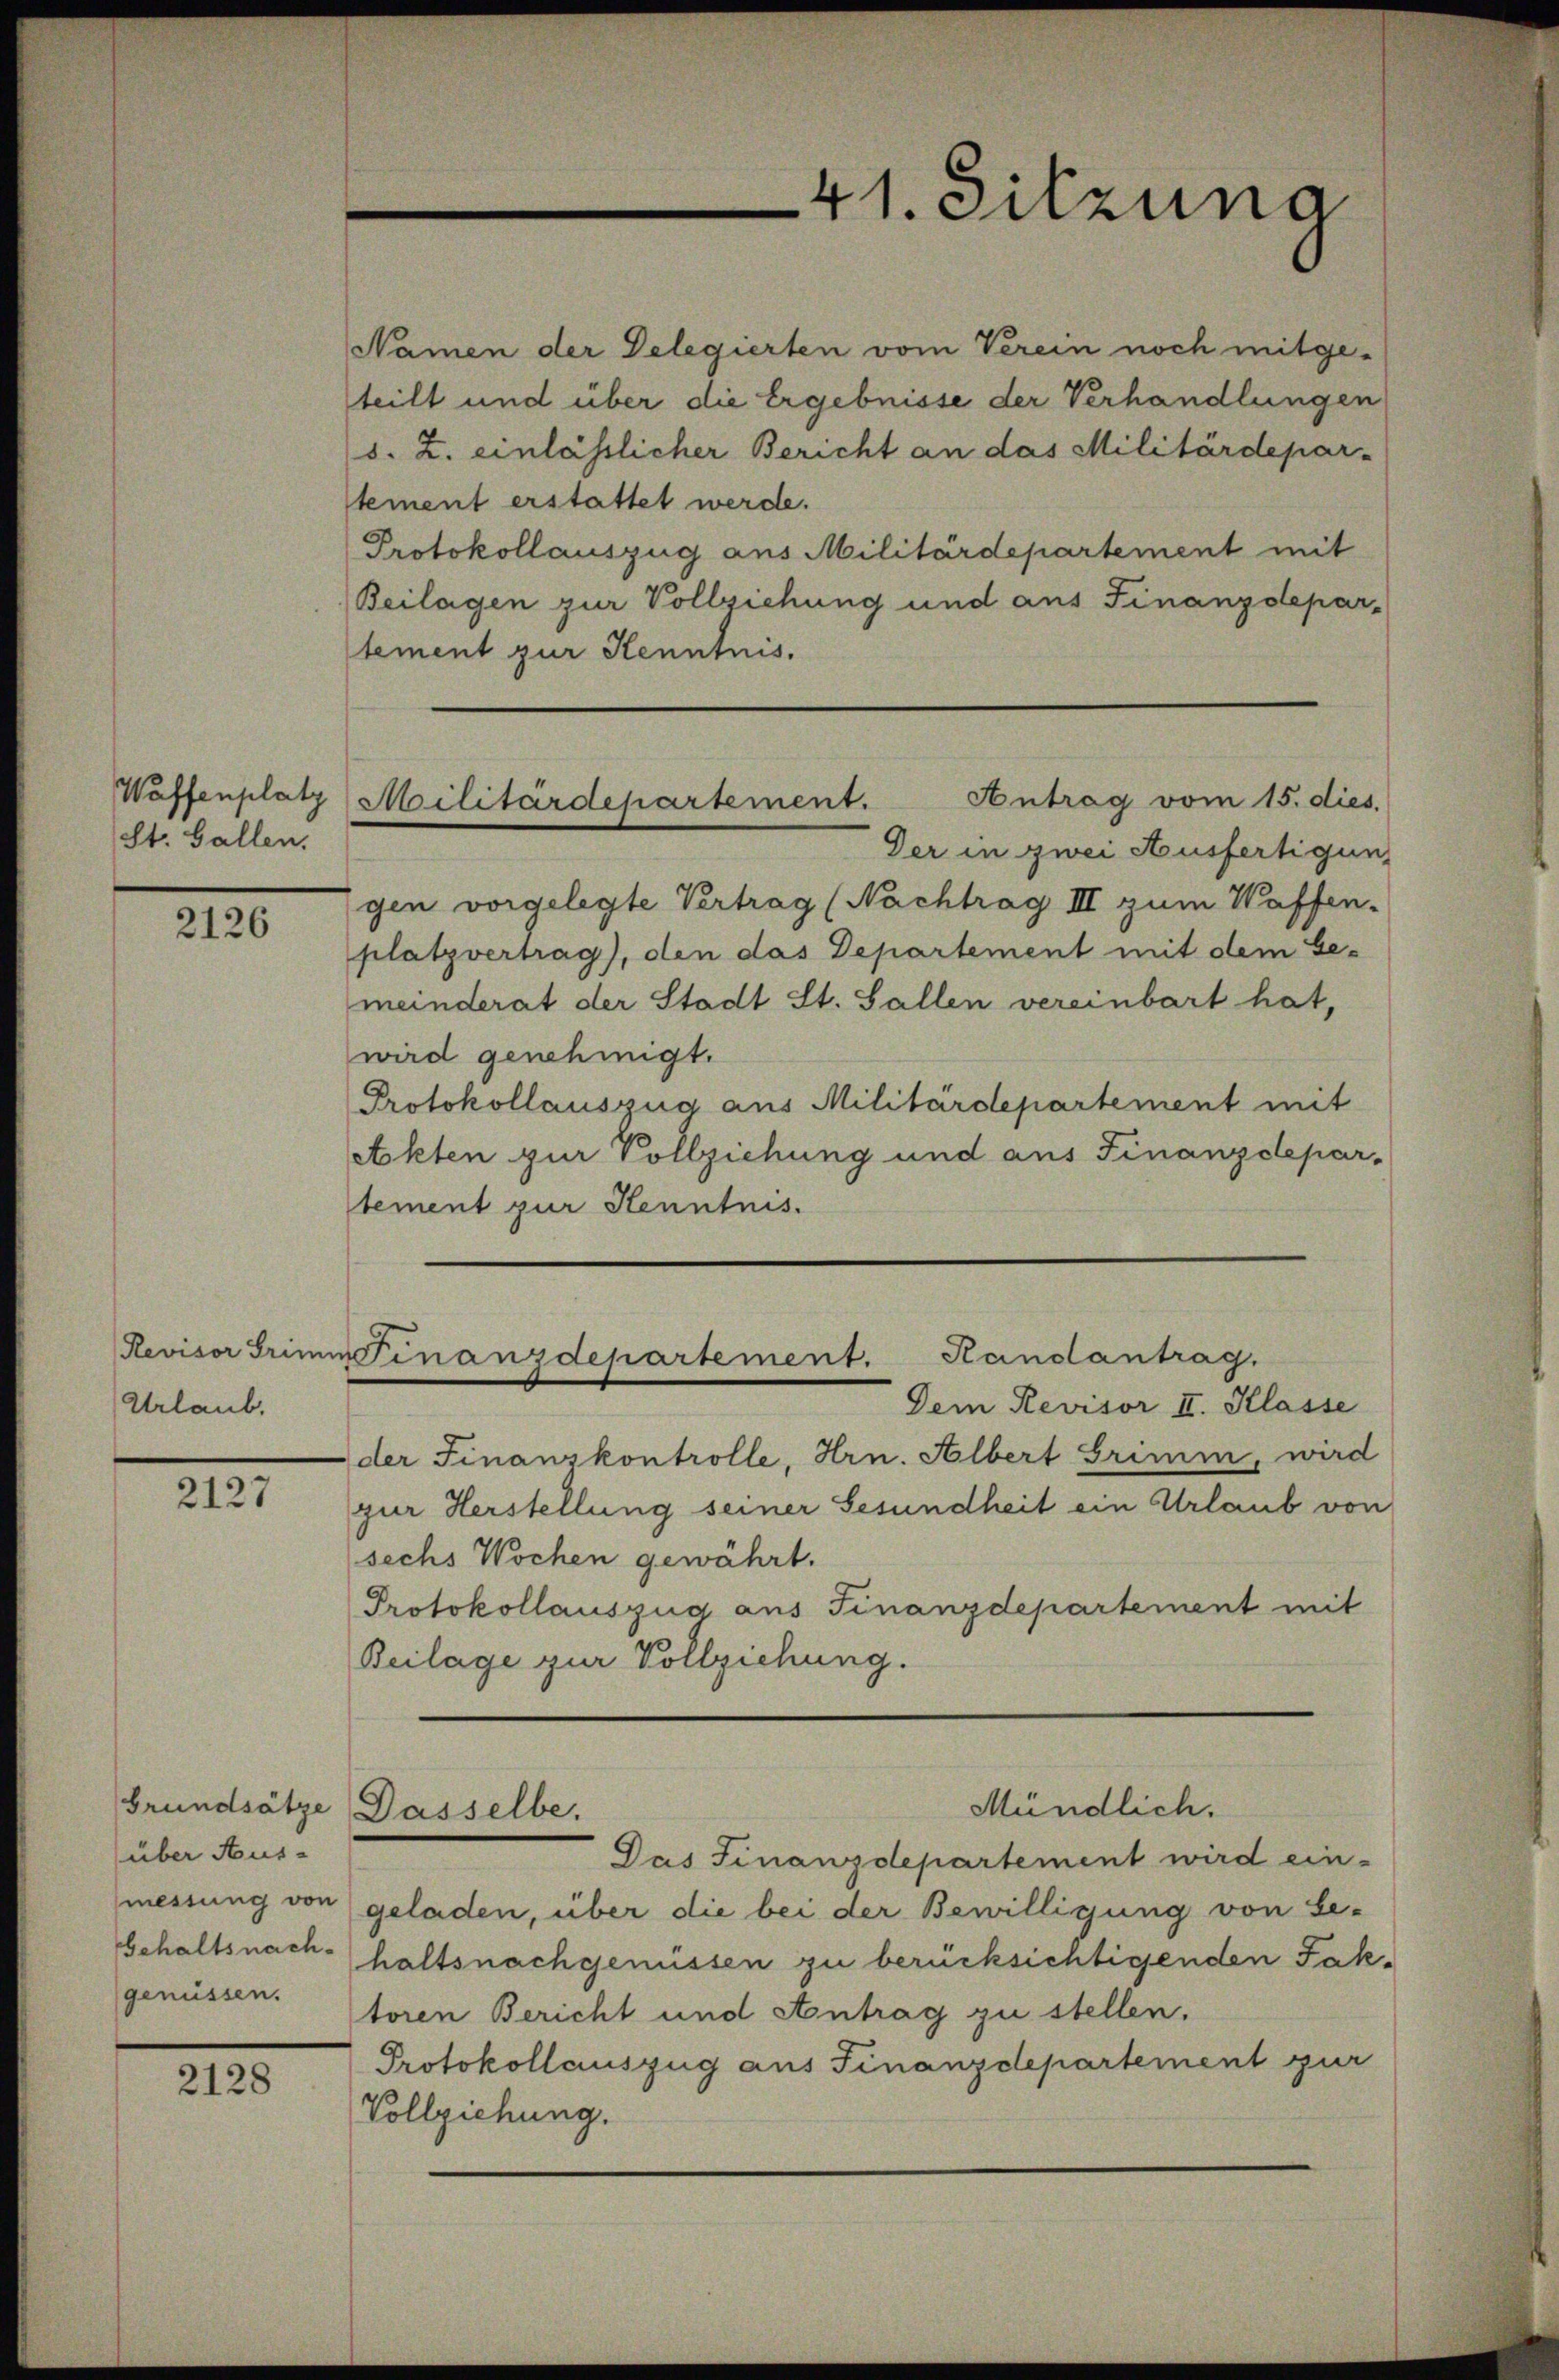
Waffenplatz
St. Gallen.

2126

Urlaub.

2127

Grundsätze
über Aus-
messung von
Gehaltsnachgenüssen.

2128

Namen der Delegierten vom Verein noch mitge-
teilt und über die Ergebnisse der Verhandlungen
s. Z. einlässlicher Bericht an das Militärdepar-
ement erstattet werde.
Protokollauszug aus Militärdepartement mit
Beilagen zur Vollziehung und aus Finanzdeparstement zur Kenntnis.
Der in zwei Ausfertigung
gen vorgelegte Vertrag (Nachtrag III zum Waffen-
platzvertrag), den das Departement mit dem Ge-
meinderat der Stadt St. Gallen vereinbart hat,
wird genehmigt.
Protokollauszug aus Militärdepartement mit
Akten zur Vollziehung und aus Finanzdepar-
tement zur Kenntnis.
Revisor Grimm Finanzdepartement. Handantrag.
Dem Revisor II. Klasse
der Finanzkontrolle, Hrn. Albert Grimm, wird
zur Herstellung seiner Gesundheit ein Urlaub von
sechs Wochen gewährt.
Protokollauszug aus Finanzdepartement mit
Beilage zur Vollziehung.

41. Sitzuna

Militärdepartement. Antrag vom 15. dies.

Dasselbe.

Mündlich.

Das Finanzdepartement wird ein-
geladen, über die bei der Bewilligung von Se-
haltsnachgenüssen zu berücksichtigenden Fak-
toren Bericht und Antrag zu stellen.
Protokollauszug aus Finanzdepartement zur
Vollziehung.